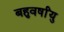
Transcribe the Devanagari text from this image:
बहुवर्षांयु